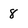
Character: 8